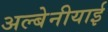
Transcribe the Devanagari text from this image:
अल्बेनीयाई